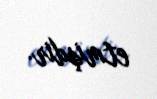
etmişdir.